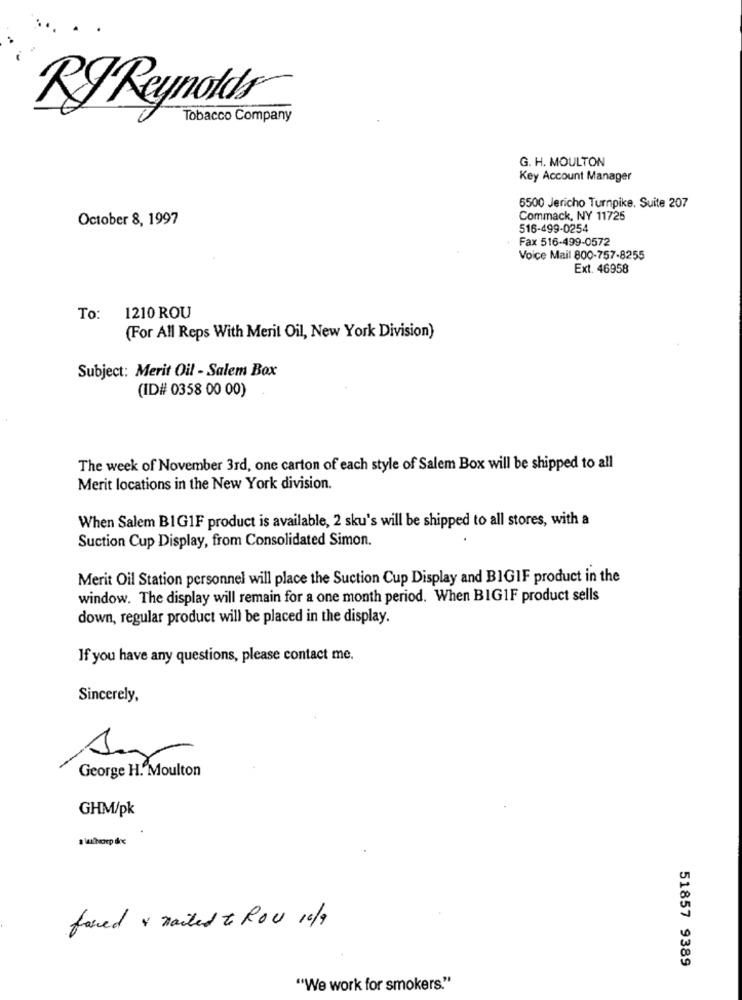
RJ Reynolds
Tobacco Company
G. H. MOULTON
Key Account Manager
6500 Jericho Turnpike, Suite 207
October 8, 1997
Commack, NY 11726
516-499-0254
Fax 516-499-0572
Voice Mail 800-757-8255
Ext. 46958
To: 1210 ROU
(For All Reps With Merit Oil, New York Division)
Subject: Merit Oil - Salem Box
(ID# 0358 00 00)
The week of November 3rd, one carton of each style of Salem Box will be shipped to all
Merit locations in the New York division.
When Salem BIGIF product is available, 2 sku's will be shipped to all stores, with a
Suction Cup Display, from Consolidated Simon.
Merit Oil Station personnel will place the Suction Cup Display and BIGIF product in the
window. The display will remain for a one month period. When BIGIF product sells
down, regular product will be placed in the display.
If you have any questions, please contact me.
Sincerely,
M
George H. Moulton
GHM/pk
faced & nailed to Row 10/9
51857 9389
"We work for smokers."